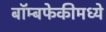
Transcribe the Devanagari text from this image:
बॉम्बफेकीमध्ये